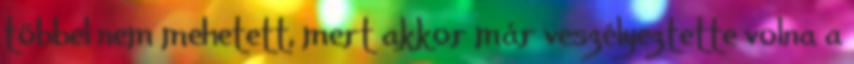
többel nem mehetett, mert akkor már veszélyeztette volna a